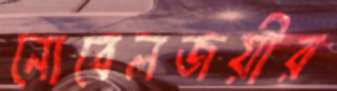
নোবেলজয়ীর